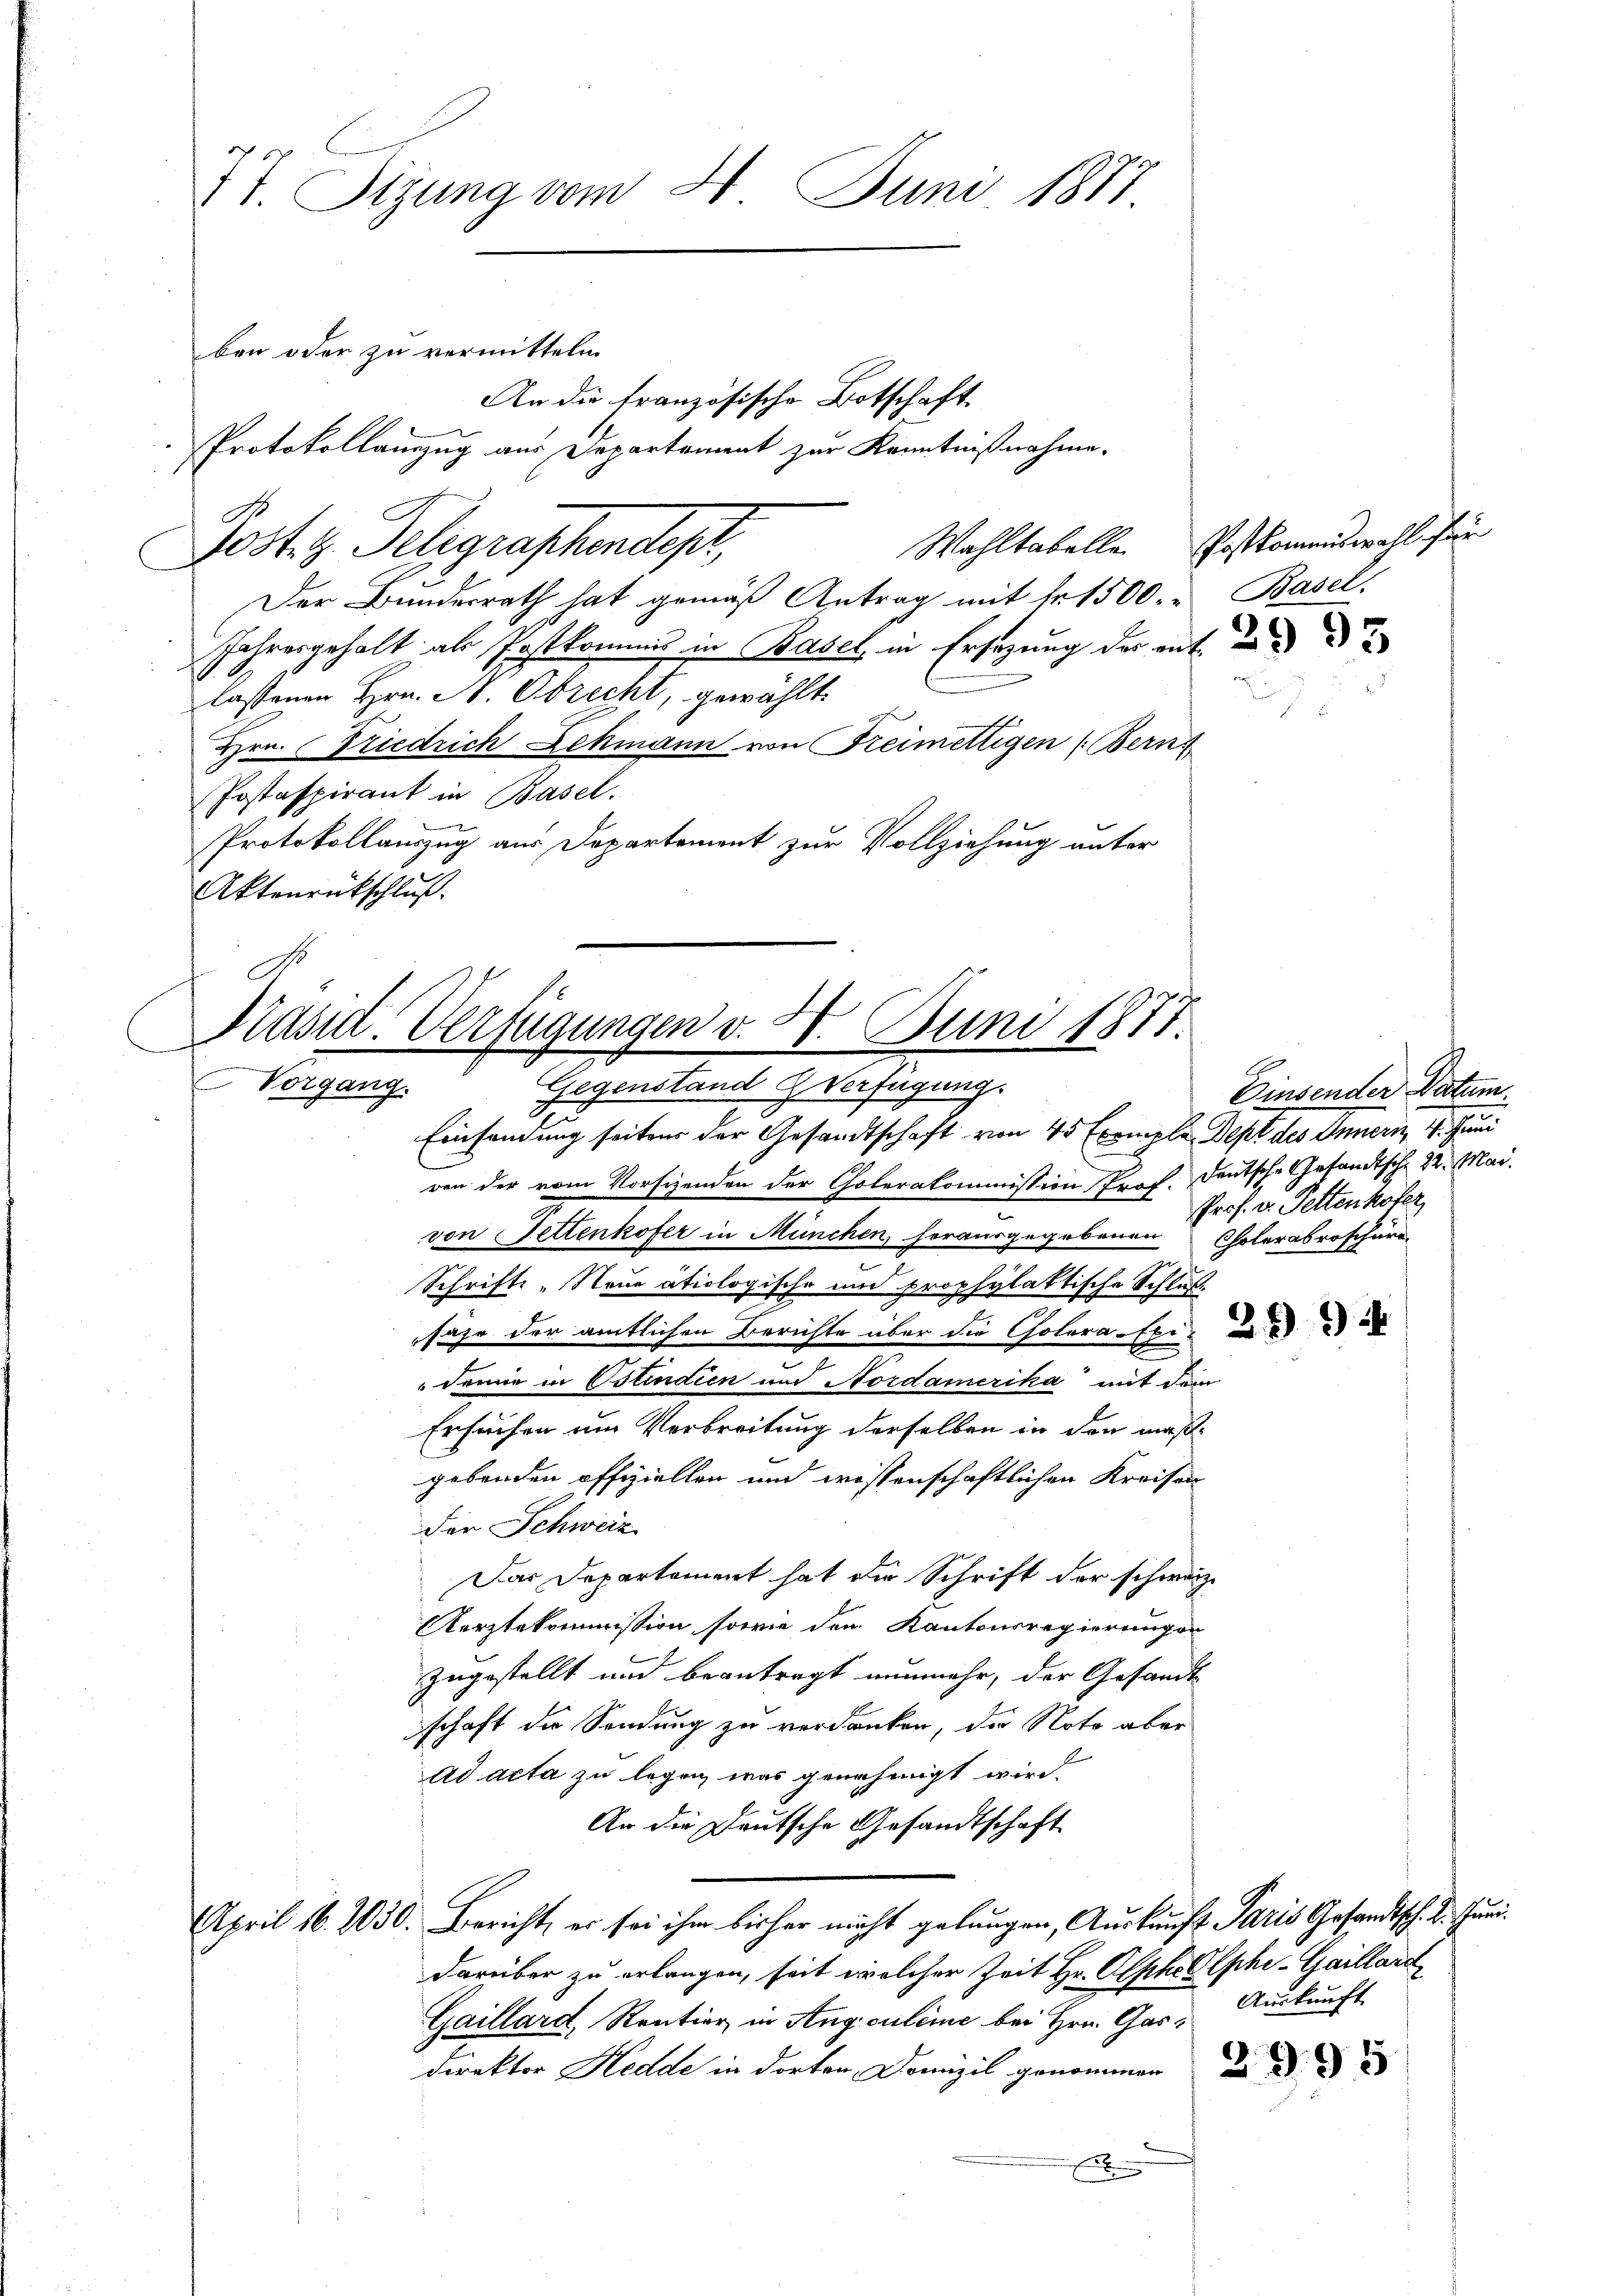
77. Sizung vom 24. Juni 1877

An die französische Botschaft
Protokollauszug aus Departement zur Kenntnißnahme.
Der Bundesrath hat gemäß Antrag mit fr. 1500. u Basel.
Jahresgehalt als Postkommis in Basel, in Ersatzung der ent und d
a
lassenen Hrn. N. Obrecht, gewählt.
Hrn. Friedrich Lehmann von Freimettigen (Bern,
Postaspirant in Basel.
Protokollauszug aus Departement zur Vollziehung unter
Aktenrückschluß.
Einsendung seiten der Gesandtschaft von 45 Exemple Dept des Innern 4. Juni
ven der vom Vorschenden der Cholerakommission Prof. Deutsche Gesandtsche 22. Mai.
von Settenkofer in München, herausgegeben. Prof. v. Fettenkofer
Schrifte - Neue ätiologische und prophylaktische Schluß
sähe der amtlichen Berichte über die Colora-Exi- und i
demie in Ostindien und Nordamerika mit dem
Ersuchen um Verbreitung derselben in den maßgebenden offiziellen und wissenschaftlichen Kreisen
der Schweiz
Das Departement hat die Schrift der schweiz.
Aerztekommission, sowie den Kantonsregierungen
zugestellt und beantragt nunmehr, der Gesandt
schaft die Sendung zu verdanken, der Noto aber
E
Ad acta zu legen, was genehmigt wird.
An die Deutsche Gesandtschaft
April 16. 2030. Bericht, er sei ihm bisher nicht gelungen, Auskauft Paris Gesandtsch. 2. Juni
darüber zu erlangen, seit welcher Zeit Hr. Olpke Ephe-Gaillard
Gaillard, Rentier in Angiculeine bei Hrn. Gar- Auskunft
Direktor Hedde in dorten Domizil genommen d. d. d

ben oder zu vermitteln
Post z. Telegraphendepr

Kasnt. Verfügungen v. 28. Juni 1877.
Vergang
Gegenstand & Verfügung.

Wahltabelle. Postkommiswahl für

Einsender Datum.
Cholerabroschüre